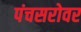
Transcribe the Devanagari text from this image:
पंचसरोवर